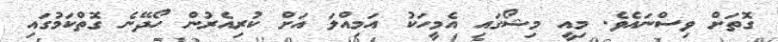
ގޮތަށް ވިސްނައެވެ. މިއީ މިޝޯގައި އެމީހަކު އަމިއްލަ އަށް ކުރިއެރުން ހޯދޭނެ ގޮތްކަމުގައި